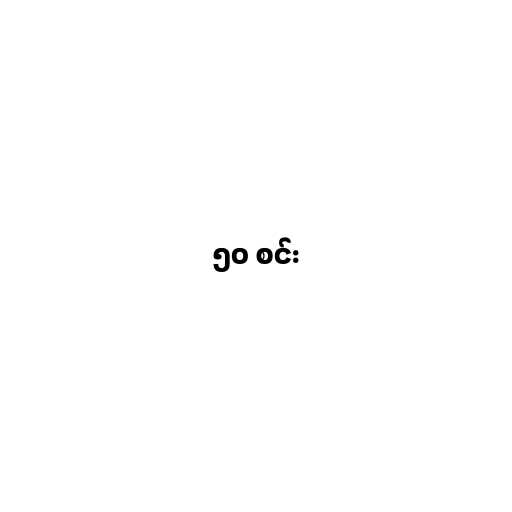
၅၀ စင်း